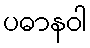
ပဓာနဝါ